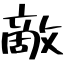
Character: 敵